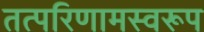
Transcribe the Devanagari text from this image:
तत्परिणामस्वरूप